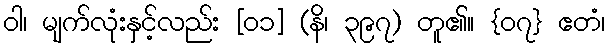
ဝါ၊ မျက်လုံးနှင့်လည်း [၀၁] (နိ၊ ၃၉၇) တူ၏။ {၀၇} ဧတံ၊